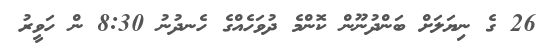
26 ގެ ނިޔަލަށް ބަންދުނޫން ކޮންމެ ދުވަހެއްގެ ހެނދުނު 8:30 ން ހަވީރު